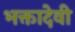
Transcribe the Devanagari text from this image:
भक्तादेवी